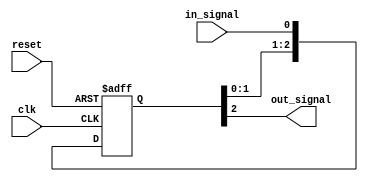
module synchronizer(
    input wire clk,
    input wire reset,
    input wire in_signal,
    output reg out_signal
);

reg [2:0] sync_reg;

always @(posedge clk or posedge reset) begin
    if (reset) begin
        sync_reg <= 3'b000;
    end else begin
        sync_reg <= {sync_reg[1:0], in_signal};
    end
end

assign out_signal = sync_reg[2];

endmodule